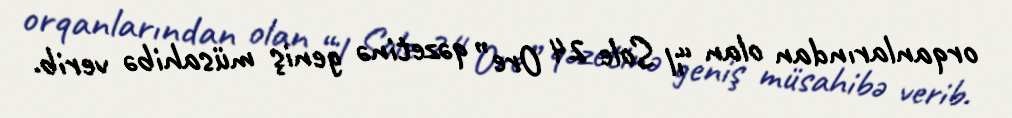
orqanlarından olan “il Sole 24 Ore” qəzetinə geniş müsahibə verib.